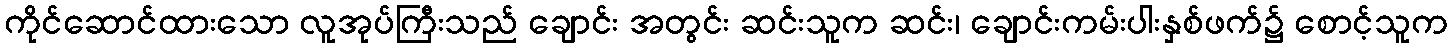
ကိုင်ဆောင်ထားသော လူအုပ်ကြီးသည် ချောင်း အတွင်း ဆင်းသူက ဆင်း၊ ချောင်းကမ်းပါးနှစ်ဖက်၌ စောင့်သူက